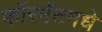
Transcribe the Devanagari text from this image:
फॉरमॅटमधे